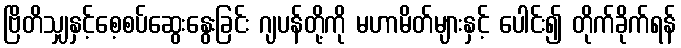
ဗြိတိသျှနှင့်စေ့စပ်ဆွေးနွေးခြင်း ဂျပန်တို့ကို မဟာမိတ်များနှင့် ပေါင်း၍ တိုက်ခိုက်ရန်